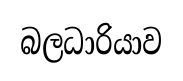
බලධාරියාව